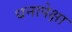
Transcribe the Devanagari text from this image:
धनापेक्षा